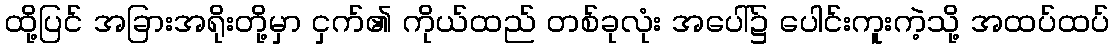
ထို့ပြင် အခြားအရိုးတို့မှာ ငှက်၏ ကိုယ်ထည် တစ်ခုလုံး အပေါ်၌ ပေါင်းကူးကဲ့သို့ အထပ်ထပ်